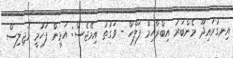
އިނގުރައިދޫ މެންބަރު އިބްރާހިމް ފަލާހް - ވަގުތު އިމޭޖެސް: އަމީން ފަހުމީ މަޖިލިސް